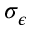
\sigma _ { \epsilon }